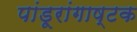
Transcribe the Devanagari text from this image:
पांडूरांगाष्टक